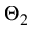
\Theta _ { 2 }